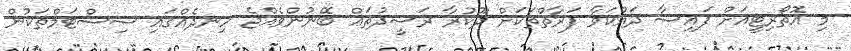
މި އޮތޯރިޓީއަށް ފައިސާ ދައްކަވާ ފަރާތްތަކަށް ދޫކުރާ ރަސީދުތައް ބޭނުންވެއްޖެ ހިނދެއްގައި ސިސްޓަމްތަކުން